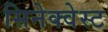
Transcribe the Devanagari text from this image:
सिनेक्वेस्ट